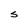
Character: S